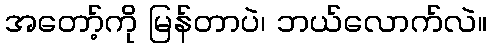
အတော့်ကို မြန်တာပဲ၊ ဘယ်လောက်လဲ။